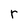
Character: r